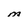
Character: M